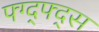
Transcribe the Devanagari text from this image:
फ्ग्द्फ्द्स